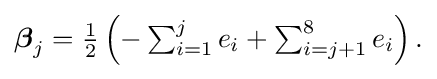
{\textstyle {\boldsymbol {\beta }}_{j}={\frac {1}{2}}\left(-\sum _{i=1}^{j}e_{i}+\sum _{i=j+1}^{8}e_{i}\right).}